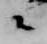
々